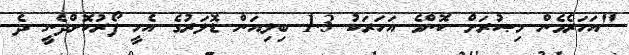
"އަހަރެމެން މިޞުރަށް ކޮންމެ އަހަރަކު 1.3 ބިލިއަން ޑޮލަރުގެ އެހީ ފޯރުކޮށްދެނީ ދެ